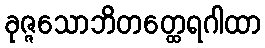
ခုဇ္ဇသောဘိတတ္ထေရဂါထာ